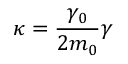
\kappa = \frac { \gamma _ { 0 } } { 2 m _ { 0 } } \gamma